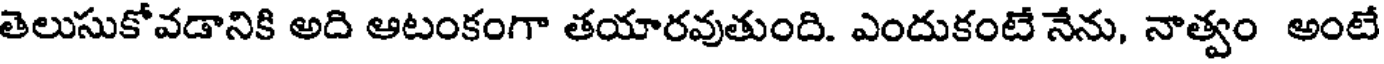
తెలుసుకోవడానికి అది ఆటంకంగా తయారవుతుంది. ఎందుకంటే నేను, నాత్వం అంటే